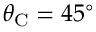
\theta _ { \mathrm { C } } = 4 5 ^ { \circ }